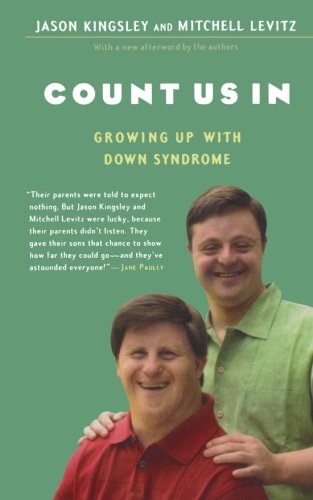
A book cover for Count Us In: Growing Up with Down Syndrome (A Harvest Book); Jason Kingsley; Biographies & Memoirs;